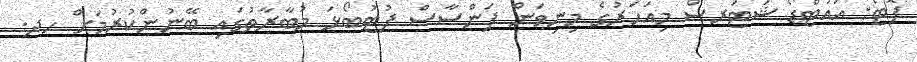
ފޮޓޯ: އައުޓްޑޯ ޝަޓަރސް މިއަހަރުގެ މިނިވަން ފަންސާސް ފުޓުބޯޅަ މުބާރާތުގައި ބޭނުންކުރުމަށް ހދ.